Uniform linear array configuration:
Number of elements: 12
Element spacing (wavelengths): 0.25
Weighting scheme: exponential
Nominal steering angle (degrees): -45
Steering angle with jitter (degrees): -46.154
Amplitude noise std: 0.05
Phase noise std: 0.05

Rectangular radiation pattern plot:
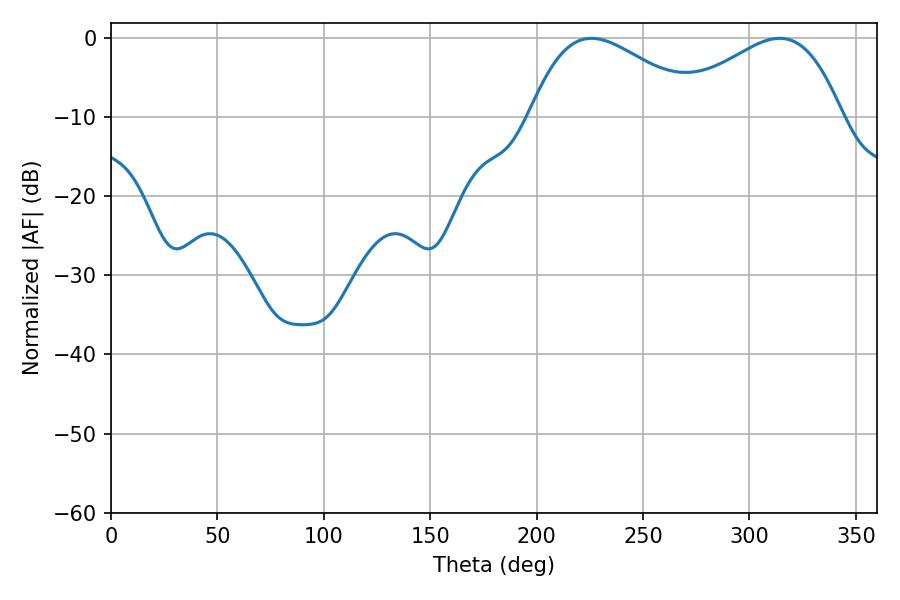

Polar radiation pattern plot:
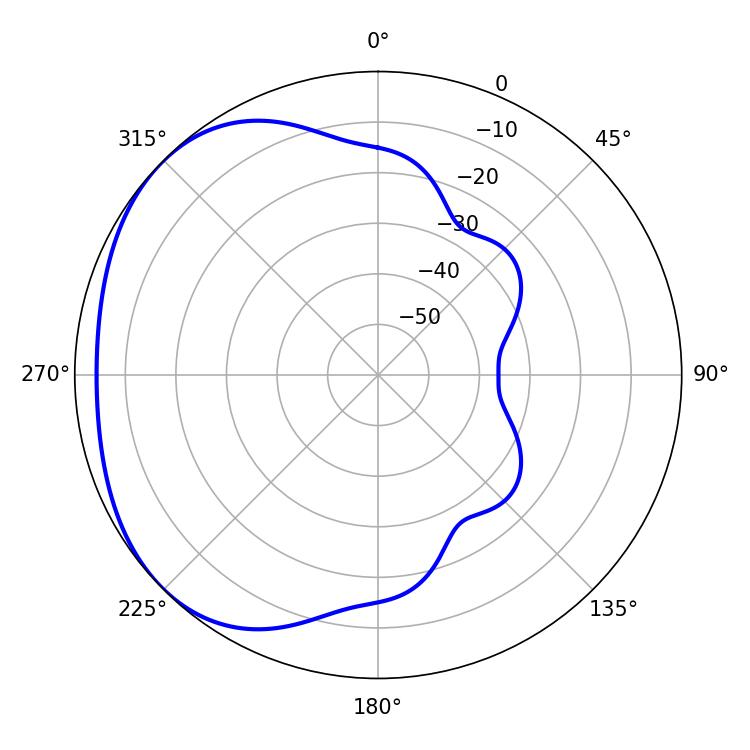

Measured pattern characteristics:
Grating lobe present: FALSE
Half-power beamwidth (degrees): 43.56
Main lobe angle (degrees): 225.72